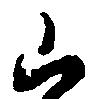
山